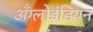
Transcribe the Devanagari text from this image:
अँग्लोइंडियन